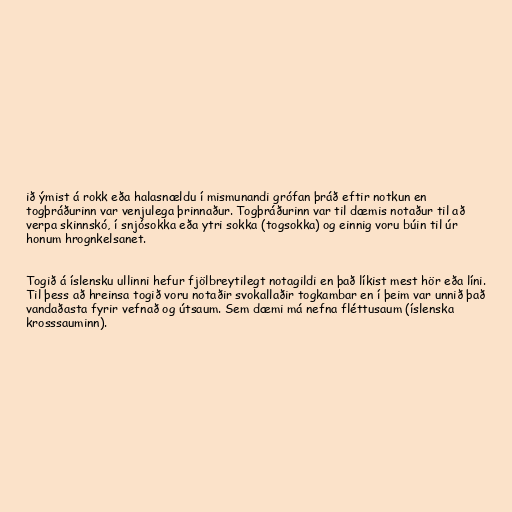
ið ýmist á rokk eða halasnældu í mismunandi grófan þráð eftir notkun en
togþráðurinn var venjulega þrinnaður. Togþráðurinn var til dæmis notaður til að
verpa skinnskó, í snjósokka eða ytri sokka (togsokka) og einnig voru búin til úr
honum hrognkelsanet.

Togið á íslensku ullinni hefur fjölbreytilegt notagildi en það líkist mest hör eða líni.
Til þess að hreinsa togið voru notaðir svokallaðir togkambar en í þeim var unnið það
vandaðasta fyrir vefnað og útsaum. Sem dæmi má nefna fléttusaum (íslenska
krosssauminn).